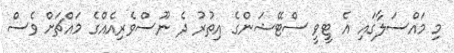
މި މައްސަލާގައި އެ ޓީވީ ސްޓޭޝަންގެ އިތުރު ދެ ނޫސްވެރިއެއްގެ މައްޗަށް ވެސް